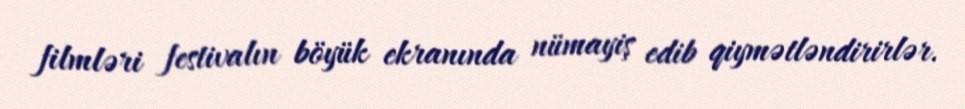
filmləri festivalın böyük ekranında nümayiş edib qiymətləndirirlər.